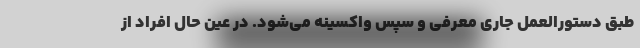
طبق دستورالعمل جاری معرفی و سپس واکسینه می‌شود. در عین حال افراد از